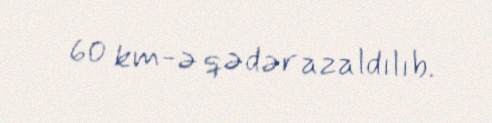
60 km-ə qədər azaldılıb.